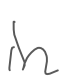
Text: in
Cross-out: clean
Writing tool: digital_gray